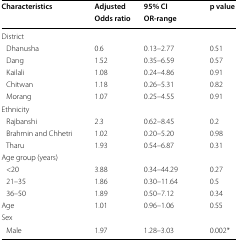
<table><thead><tr><td rowspan="2"><b>Characteristics</b></td><td><b>Adjusted</b></td><td><b>95% CI</b></td><td rowspan="2"><b>p value</b></td></tr><tr><td><b>Odds ratio</b></td><td><b>OR-range</b></td></tr></thead><tbody><tr><td colspan="4">District</td></tr><tr><td> Dhanusha</td><td>0.6</td><td>0.13–2.77</td><td>0.51</td></tr><tr><td> Dang</td><td>1.52</td><td>0.35–6.59</td><td>0.57</td></tr><tr><td> Kailali</td><td>1.08</td><td>0.24–4.86</td><td>0.91</td></tr><tr><td> Chitwan</td><td>1.18</td><td>0.26–5.31</td><td>0.82</td></tr><tr><td> Morang</td><td>1.07</td><td>0.25–4.55</td><td>0.91</td></tr><tr><td colspan="4">Ethnicity</td></tr><tr><td> Rajbanshi</td><td>2.3</td><td>0.62–8.45</td><td>0.2</td></tr><tr><td> Brahmin and Chhetri</td><td>1.02</td><td>0.20–5.20</td><td>0.98</td></tr><tr><td> Tharu</td><td>1.93</td><td>0.54–6.87</td><td>0.31</td></tr><tr><td colspan="4">Age group (years)</td></tr><tr><td> &lt;20</td><td>3.88</td><td>0.34–44.29</td><td>0.27</td></tr><tr><td> 21–35</td><td>1.86</td><td>0.30–11.64</td><td>0.5</td></tr><tr><td> 36–50</td><td>1.89</td><td>0.50–7.12</td><td>0.34</td></tr><tr><td>Age</td><td>1.01</td><td>0.96–1.06</td><td>0.55</td></tr><tr><td colspan="4">Sex</td></tr><tr><td> Male</td><td>1.97</td><td>1.28–3.03</td><td>0.002*</td></tr></tbody></table>